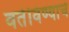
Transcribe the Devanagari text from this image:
वर्तविण्याचे